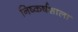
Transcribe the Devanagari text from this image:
निष्कर्षशाला